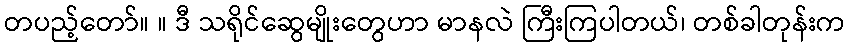
တပည့်တော်။ ။ ဒီ သရိုင်ဆွေမျိုးတွေဟာ မာနလဲ ကြီးကြပါတယ်၊ တစ်ခါတုန်းက